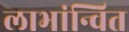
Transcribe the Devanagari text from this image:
लाभांन्वित